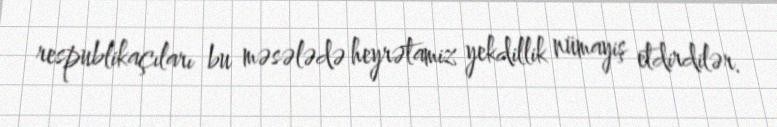
respublikaçıları bu məsələdə heyrətamiz yekdillik nümayiş etdirdilər.